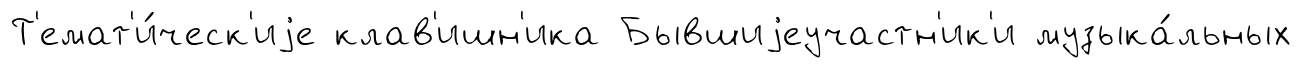
Т'емат'и́ческ'иjе клав'ишн'ика Бывшиjеучастн'ик'и музыка́льных